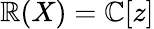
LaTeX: \mathbb{R}(X)=\mathbb{{C}}[z]